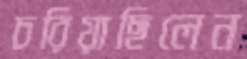
চরিয়াছিলেন